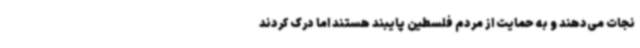
نجات می‌دهند و به حمایت از مردم فلسطین پایبند هستند اما درک کردند